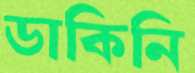
ডাকিনি